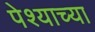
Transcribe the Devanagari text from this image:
पेश्याच्या